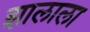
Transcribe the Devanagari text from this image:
झालाला